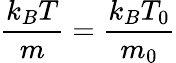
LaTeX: \frac{k_{B}T}{m}=\frac{k_{B}T_{0}}{m_{0}}